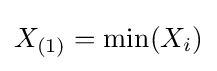
X_{(1)}=\min(X_{i})